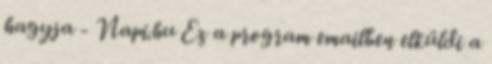
hagyja - Napi.hu Ez a program emailben elküldi a